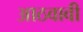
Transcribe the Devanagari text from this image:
आठवावी